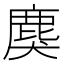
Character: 𪊏